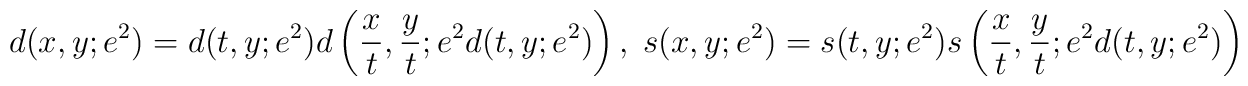
d(x,y;e^2)=d(t,y;e^2)d\left(\frac{x}{t},\frac{y}{t};e^2d(t,y;e^2)\right),\;s(x,y;e^2)=s(t,y;e^2) s\left(\frac{x}{t}, \frac{y}{t}; e^2d(t,y;e^2)\right)